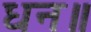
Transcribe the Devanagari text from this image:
धन॥